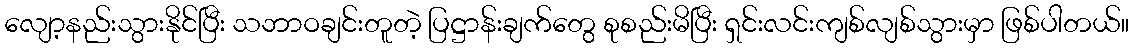
လျော့နည်းသွားနိုင်ပြီး သဘာဝချင်းတူတဲ့ ပြဋ္ဌာန်းချက်တွေ စုစည်းမိပြီး ရှင်းလင်းကျစ်လျစ်သွားမှာ ဖြစ်ပါတယ်။